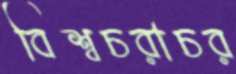
বিশ্বচরাচর